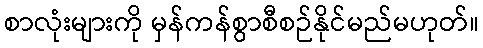
စာလုံးများကို မှန်ကန်စွာစီစဉ်နိုင်မည်မဟုတ်။